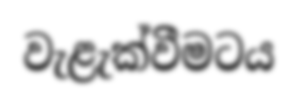
වැළැක්වීමටය